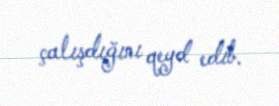
çalışdığını qeyd edib.